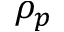
\rho _ { p }